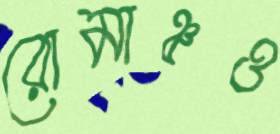
রোমাঞ্চও